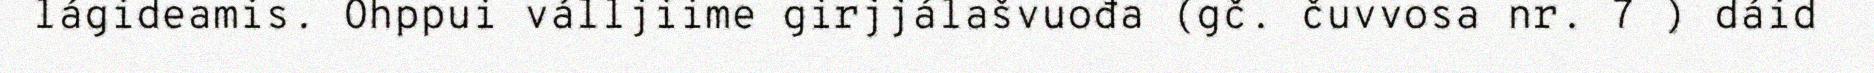
lágideamis. Ohppui válljiime girjjálašvuođa (gč. čuvvosa nr. 7 ) dáid